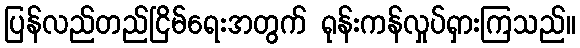
ပြန်လည်တည်ငြိမ်ရေးအတွက် ရုန်းကန်လှုပ်ရှားကြသည်။